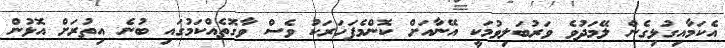
އެކަމާއިގުޅިގެން ލޭމަދުވެ ވަރުބަލިވުމަކީ އޭނާއަށް ކޮންމެފަހަރަކު ވެސް ވާގޮތެއްކަމުގައި ބުނެ އިތުރަށް އޮޅުން